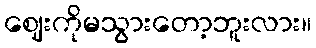
ဈေးကိုမသွားတော့ဘူးလား။